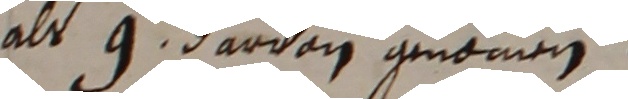
als 9 darvon geomen.